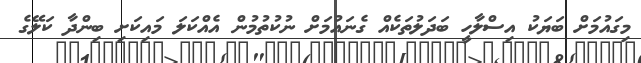
މިގައުމަށް ބަޔަކު އިސްލާހީ ބަދަލުތަކެއް ގެނައުމަށް ނުކުތުމުން އެއްކަލަ މައިކަށި ބިންދާ ކަލޭގެ